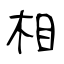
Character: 相